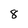
Character: 8